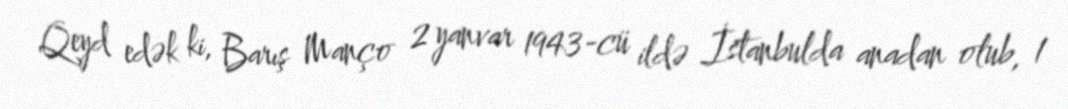
Qeyd edək ki, Barış Manço 2 yanvar 1943-cü ildə İstanbulda anadan olub, 1